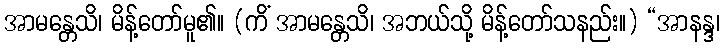
အာမန္တေသိ၊ မိန့်တော်မူ၏။ (ကိံ အာမန္တေသိ၊ အဘယ်သို့ မိန့်တော်သနည်း။) “အာနန္ဒ၊